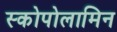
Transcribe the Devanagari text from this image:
स्कोपोलामिन